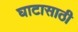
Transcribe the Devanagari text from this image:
घाटासाठी